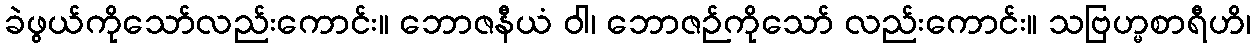
ခဲဖွယ်ကိုသော်လည်းကောင်း။ ဘောဇနီယံ ဝါ၊ ဘောဇဉ်ကိုသော် လည်းကောင်း။ သဗြဟ္မစာရီဟိ၊